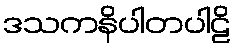
ဒသကနိပါတပါဠိ